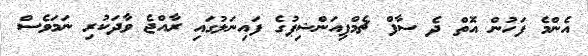
އެންމެ ފަހުން އޮތް ދެ ސާފް ޗެމްޕިއަންޝިޕުގެ ފައިނަލުގައި ރާއްޖެ ވާދަކުރި ނަމަވެސް